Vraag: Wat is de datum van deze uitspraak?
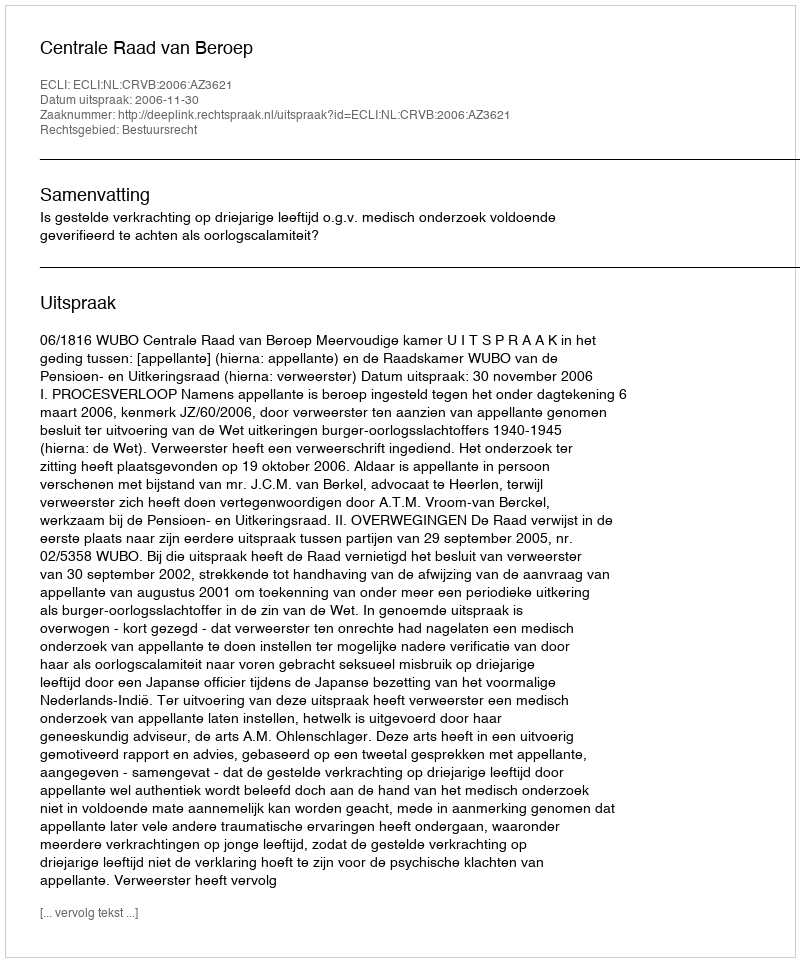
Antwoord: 2006-11-30